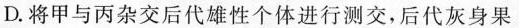
D.将甲与丙杂交后代雄性个体进行测交，后代灰身果